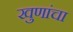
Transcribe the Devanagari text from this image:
खुणांचा